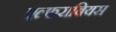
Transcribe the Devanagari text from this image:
एल्फराबियस